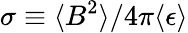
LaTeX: \sigma\equiv\langle B^{2}\rangle/4\pi\langle\epsilon\rangle